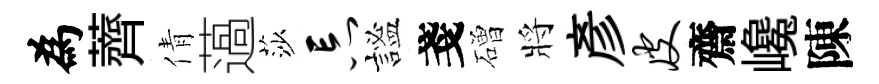
為薺倩薖莎忘謐戔磳將彥皮齋巉陳